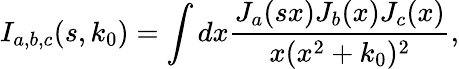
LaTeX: I_{a,b,c}(s,k_{0})=\int dx\frac{J_{a}(sx)J_{b}(x)J_{c}(x)}{x(x^{2}+k_{0})^{2}},